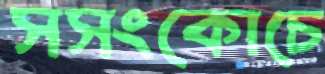
সসংকোচে